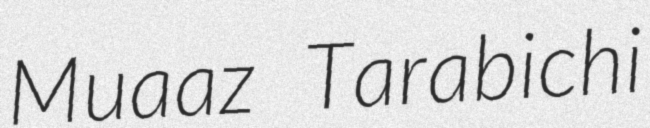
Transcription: Muaaz Tarabichi